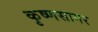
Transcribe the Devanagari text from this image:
कृष्णसागर